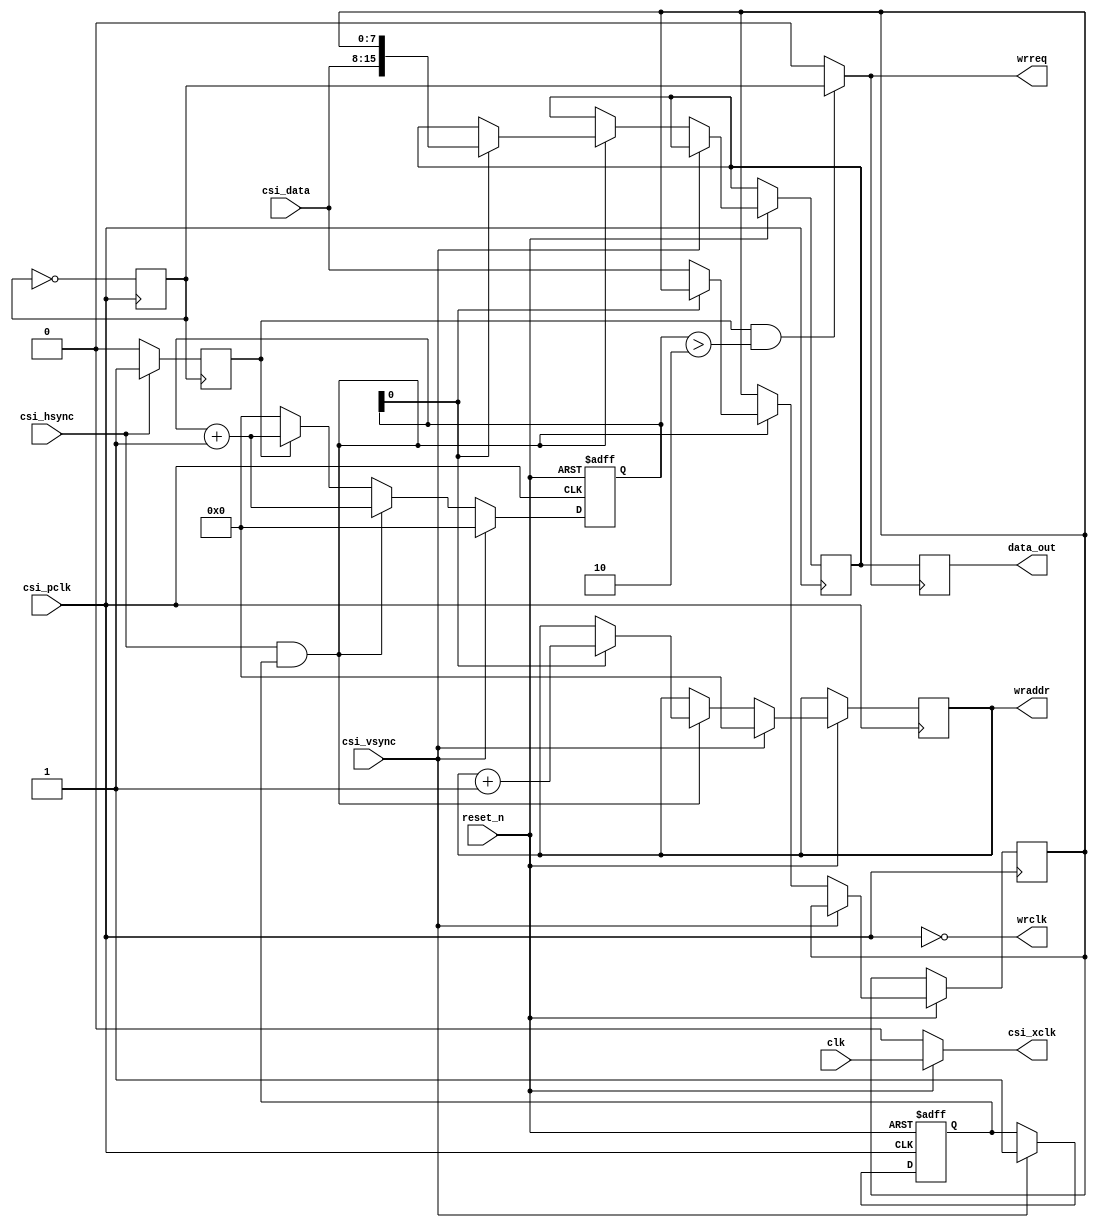
// This program was cloned from: https://github.com/verimake-team/SparkRoad-V
// License: MIT License

`timescale 1ns/ 1ps
// --------------------------------------------------------------------
// >>>>>>>>>>>>>>>>>>>>>>>>> COPYRIGHT NOTICE <<<<<<<<<<<<<<<<<<<<<<<<<
// --------------------------------------------------------------------
// 
// 
// Description:
//
//		dvp_ov2640,
// 
// Web: www.anlogic.com
// --------------------------------------------------------------------
module camera_reader
(
	input 	wire 		clk,
	input 	wire 		reset_n,
	
	output 	wire 		csi_xclk,
	
	input 	wire 		csi_pclk,
	input 	wire [7:0] 	csi_data,
	input 	wire 		csi_vsync,
	input 	wire 		csi_hsync,
	
	output 	reg  [15:0] data_out = 0,
	output 	wire 		wrreq,
	output 	wire 		wrclk,
	output 	reg  [19:0]	wraddr
);

reg [19:0] pixel_counter = 0;
assign csi_xclk  = (reset_n == 1) ? clk : 0;
reg vsync_passed = 0;
reg write_pixel  = 0;
reg [7:0] 	subpixel;
reg [15:0] 	current_pixel;
reg wrclk1 = 0;

always@(posedge csi_pclk)
begin
	wrclk1 <= ~wrclk1;
end

always@(negedge wrclk1)
begin
	if(csi_hsync == 1)
		write_pixel <= 1;
	else
		write_pixel <= 0;
end

always@(posedge wrreq )
begin
	data_out <= current_pixel;
end

always@(posedge csi_pclk or negedge reset_n)
begin
	if(reset_n == 0)
	begin
		pixel_counter <= 0;
		vsync_passed <= 0;
	end
	else
	begin
		if(csi_vsync == 1)
		begin
			pixel_counter <= 0;
			vsync_passed <= 1;
			wraddr <= 0;
		end
		else
			if(csi_hsync == 1 && vsync_passed == 1)
			begin
				if(pixel_counter[0] == 0)
				begin
					pixel_counter <= pixel_counter + 1;
					subpixel <= csi_data;
				end
				else
				begin
					//current_pixel <= { subpixel, csi_data };
					current_pixel <= { csi_data , subpixel };
					pixel_counter <= pixel_counter + 1;
					wraddr <= wraddr + 1;
				end
			end
			else
			begin
				if(write_pixel == 1)
					pixel_counter <= pixel_counter + 1;
				else
					pixel_counter <= 0;
			end
	end
end

assign wrreq = (write_pixel == 1) && pixel_counter > 2 ? wrclk1 : 0;
assign wrclk = ~csi_pclk;//~csi_pclk;

endmodule